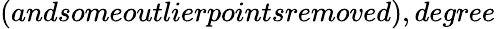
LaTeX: (andsomeoutlierpointsremoved),degree